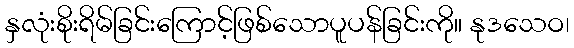
နှလုံးစိုးရိမ်ခြင်းကြောင့်ဖြစ်သောပူပန်ခြင်းကို။ နုဒသေဝ၊